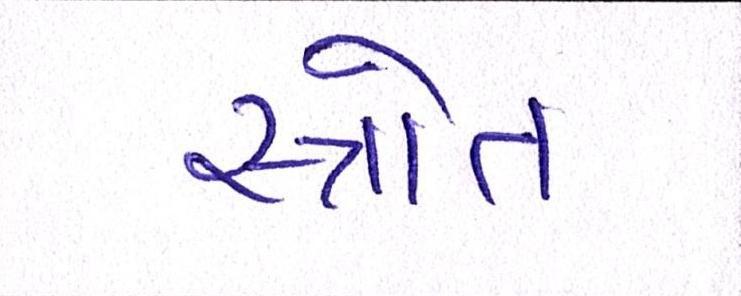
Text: સ્ત્રોત